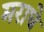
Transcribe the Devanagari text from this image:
मराघे